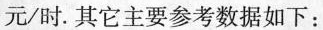
元/时。其它主要参考数据如下：